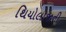
થિયોલોજીની